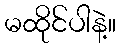
မထိုင်ပါနဲ့။